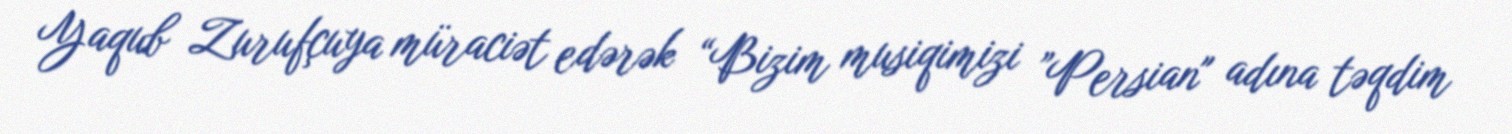
Yaqub Zurufçuya müraciət edərək “Bizim musiqimizi ”Persian" adına təqdim